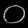
Digit: ၀